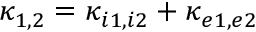
\kappa _ { 1 , 2 } = \kappa _ { i 1 , i 2 } + \kappa _ { e 1 , e 2 }